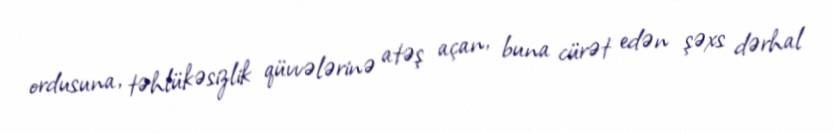
ordusuna, təhlükəsizlik qüvvələrinə atəş açan, buna cürət edən şəxs dərhal